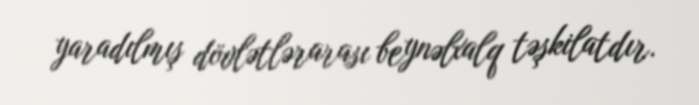
yaradılmış dövlətlərarası beynəlxalq təşkilatdır.